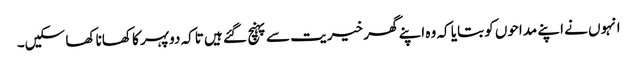
انہوں نے اپنے مداحوں کو بتایا کہ وہ اپنے گھر خیریت سے پہنچ گئے ہیں تاکہ دوپہر کا کھانا کھا سکیں۔